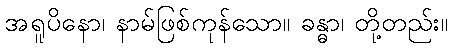
အရူပိနော၊ နာမ်ဖြစ်ကုန်သော။ ခန္ဓာ၊ တို့တည်း။